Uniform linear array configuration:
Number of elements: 64
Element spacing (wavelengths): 0.5
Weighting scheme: cosine
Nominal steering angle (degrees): -15
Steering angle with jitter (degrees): -15.142
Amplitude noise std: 0.05
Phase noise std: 0.05

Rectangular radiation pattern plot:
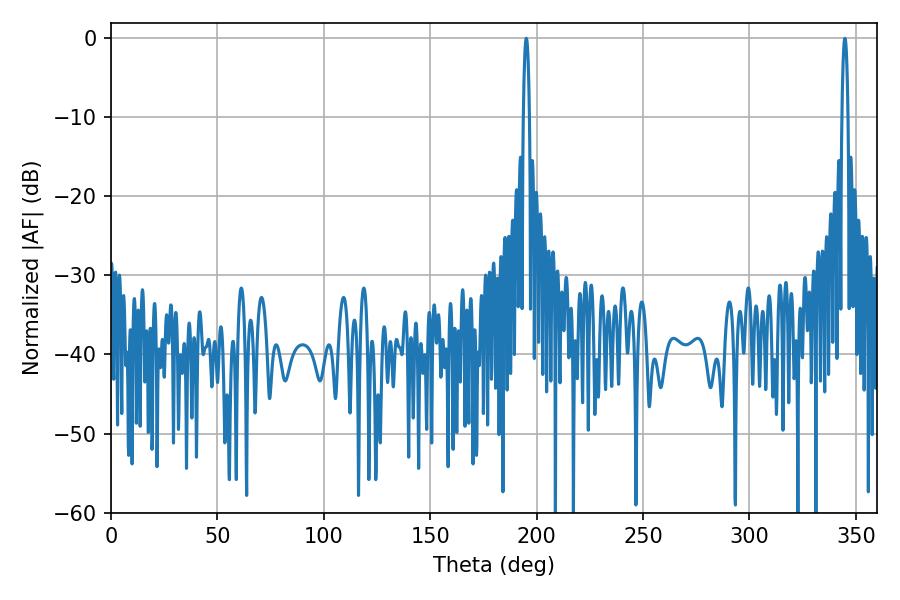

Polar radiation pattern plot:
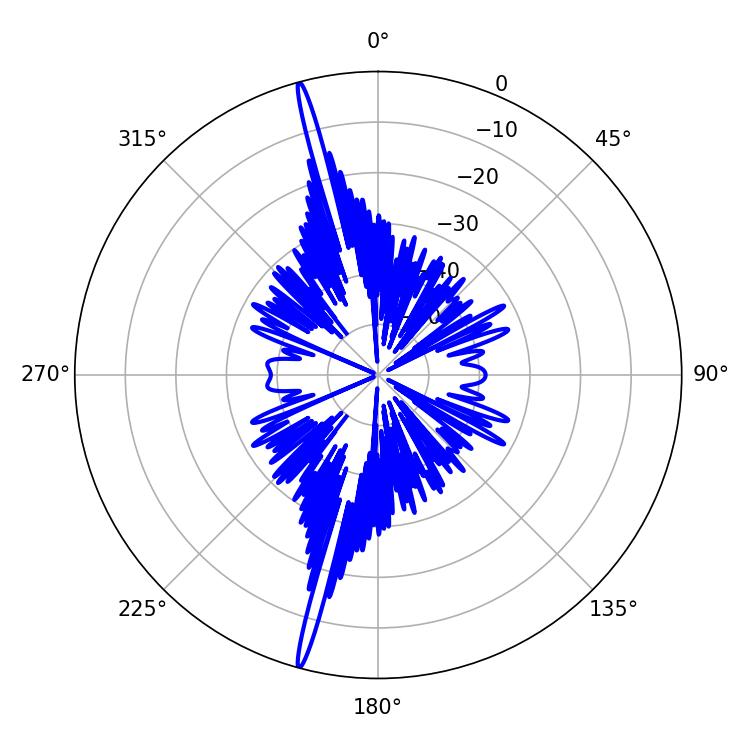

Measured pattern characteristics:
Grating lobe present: FALSE
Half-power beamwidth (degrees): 1.44
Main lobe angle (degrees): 195.12